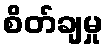
စိတ်ချမှု